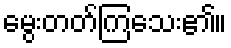
မွေးတတ်ကြသေး၏။